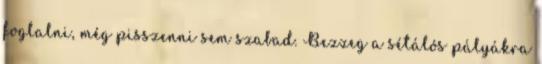
foglalni, még pisszenni sem szabad. Bezzeg a sétálós pályákra